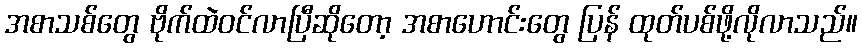
အစာသစ်တွေ ဗိုက်ထဲဝင်လာပြီဆိုတော့ အစာဟောင်းတွေ ပြန် ထုတ်ပစ်ဖို့လိုလာသည်။